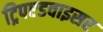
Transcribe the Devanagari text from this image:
ट्रिपएडवाइसर